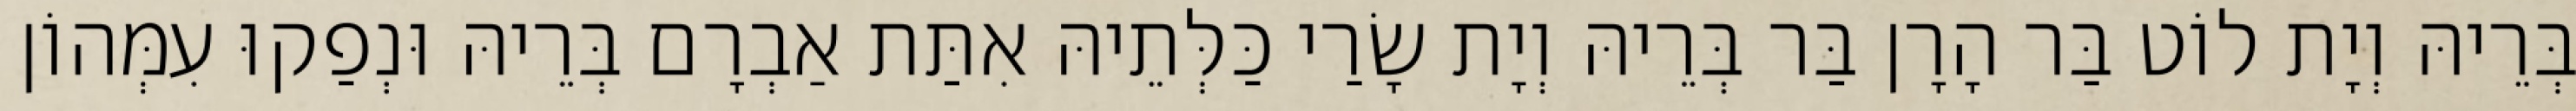
בְּרֵיהּ וְיָת לוֹט בַּר הָרָן בַּר בְּרֵיהּ וְיָת שָׂרַי כַּלְּתֵיהּ אִתַּת אַבְרָם בְּרֵיהּ וּנְפַקוּ עִמְּהוֹן